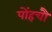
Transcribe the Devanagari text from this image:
पोंहचौ